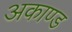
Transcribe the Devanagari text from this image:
अकाण्ड